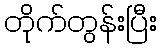
တိုက်တွန်းပြီး